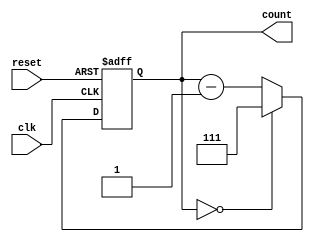
`timescale 1ns / 1ps
//////////////////////////////////////////////////////////////////////////////////
// Company: 
// Engineer: 
// 
// Design Name: 
// Module Name: counter8
// Project Name: 
// Target Devices: 
// Tool Versions: 
// Description: 
// 
// Dependencies: 
// 
// Revision:
// Revision 0.01 - File Created
// Additional Comments:
// 
//////////////////////////////////////////////////////////////////////////////////


module counter8(
    input clk,
    input reset,
    output reg[2:0] count
    );
    always @(posedge clk or negedge reset) begin
     if(reset == 0) begin
          count<=0; // 
    end else begin 
      if(count == 0)
      count <= 7; 
    else begin 
 count <= count - 1; //  1  
    end
     end
     $display("counter:",count);
     end 
endmodule